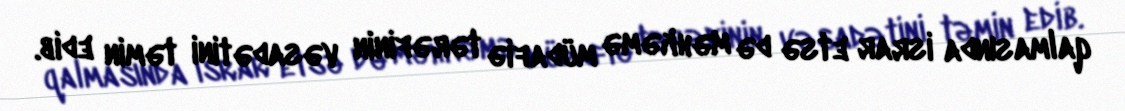
qalmasında israr etsə də məhkəmə müdafiə tərəfinin vəsadətini təmin edib.